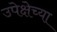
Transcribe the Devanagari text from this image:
उपेक्षेच्या